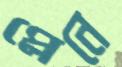
প্লেনে